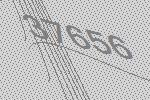
37656